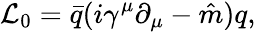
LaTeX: {\cal L}_{0}=\bar{q}(i\gamma^{\mu}\partial_{\mu}-\hat{m})q,